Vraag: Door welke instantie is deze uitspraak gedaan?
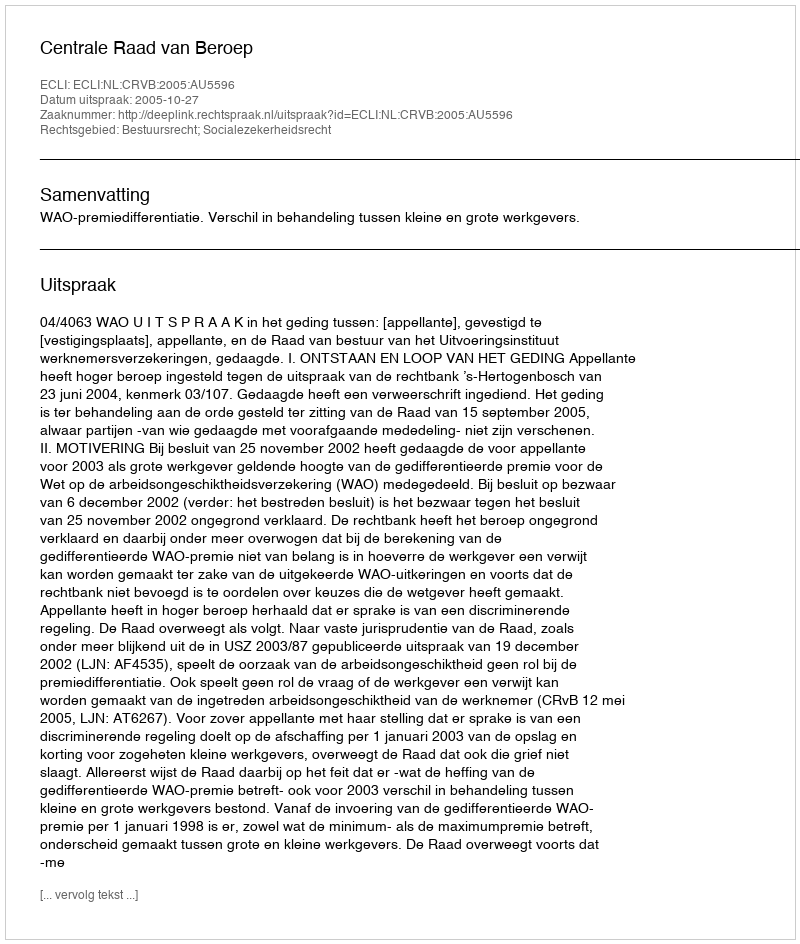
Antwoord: Centrale Raad van Beroep